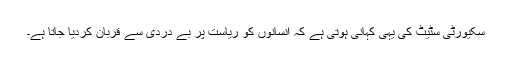
سکیورٹی سٹیٹ کی یہی کہانی ہوتی ہے کہ انسانوں کو ریاست پر بے دردی سے قربان کردیا جاتا ہے۔